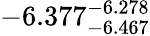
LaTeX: -6.377_{-6.467}^{-6.278}